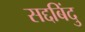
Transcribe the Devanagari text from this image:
सद्दबिंदु